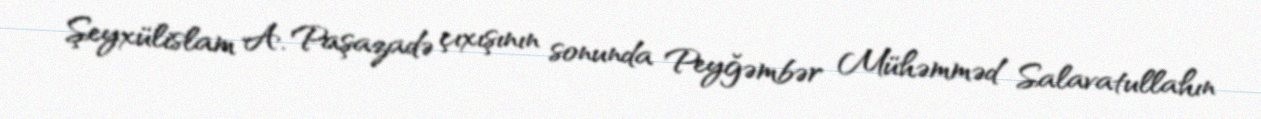
Şeyxülislam A. Paşazadə çıxışının sonunda Peyğəmbər Mühəmməd Salavatullahın